Annual administration report of the Civil Veterinary Department of India - 1907-1908
Year: 1907
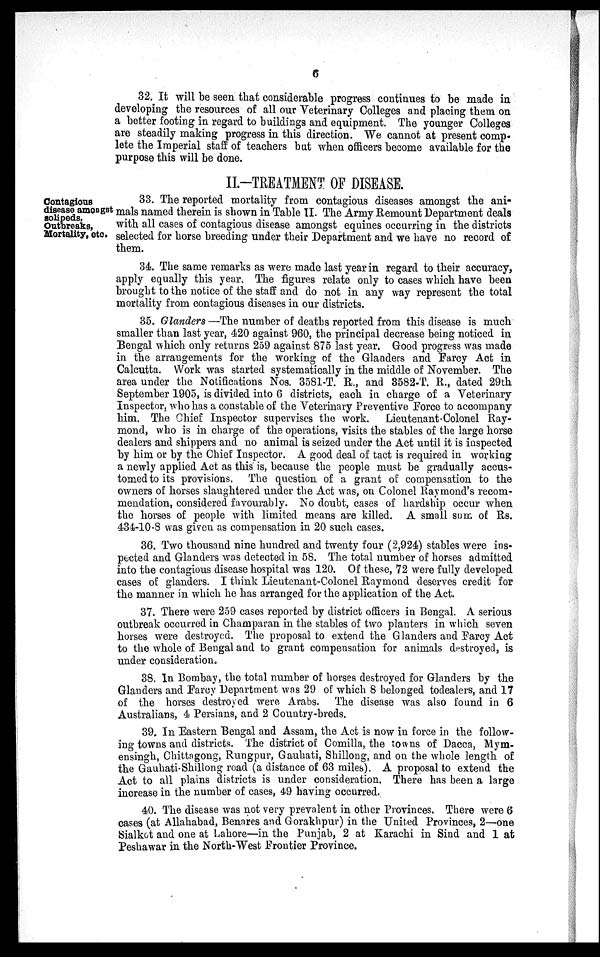
6
32. It will be seen that considerable progress continues to be made in
developing the resources of all our Veterinary Colleges and placing them on
a better footing in regard to buildings and equipment. The younger Colleges
are steadily making progress in this direction. We cannot at present comp-
lete the Imperial staff of teachers but when officers become available for the
purpose this will be done.
II.-TREATMENT OF DISEASE.
Contagious
disease amongst
solipeds,
Outbreaks,
Mortality, etc.
33. The reported mortality from contagious diseases amongst the ani-
mals named therein is shown in Table II. The Army Remount Department deals
with all cases of contagious disease amongst equines occurring in the districts
selected for horse breeding under their Department and we have no record of
them.
34. The same remarks as were made last year in regard to their accuracy,
apply equally this year. The figures relate only to cases which have been
brought to the notice of the staff and do not in any way represent the total
mortality from contagious diseases in our districts.
35. Glanders —The number of deaths reported from this disease is much
smaller than last year, 420 against 960, the principal decrease being noticed in
Bengal which only returns 259 against 875 last year. Good progress was made
in the arrangements for the working of the Glanders and Farcy Act in
Calcutta. Work was started systematically in the middle of November. The
area under the Notifications Nos. 3581-T. R., and 3582-T. R., dated 29th
September 1905, is divided into 6 districts, each in charge of a Veterinary
Inspector, who has a constable of the Veterinary Preventive Force to accompany
him. The Chief Inspector supervises the work. Lieutenant-Colonel Ray-
mond, who is in charge of the operations, visits the stables of the large horse
dealers and shippers and no animal is seized under the Act until it is inspected
by him or by the Chief Inspector. A good deal of tact is required in working
a newly applied Act as this is, because the people must be gradually accus-
tomed to its provisions. The question of a grant of compensation to the
owners of horses slaughtered under the Act was, on Colonel Raymond's recom-
mendation, considered favourably. No doubt, cases of hardship occur when
the horses of people with limited means are killed. A small sum of Rs.
434-10-8 was given as compensation in 20 such cases.
36. Two thousand nine hundred and twenty four (2,924) stables were ins-
pected and Glanders was detected in 58. The total number of horses admitted
into the contagious disease hospital was 120. Of these, 72 were fully developed
cases of glanders. I think Lieutenant-Colonel Raymond deserves credit for
the manner in which he has arranged for the application of the Act.
37. There were 259 cases reported by district officers in Bengal. A serious
outbreak occurred in Champaran in the stables of two planters in which seven
horses were destroyed. The proposal to extend the Glanders and Farcy Act
to the whole of Bengal and to grant compensation for animals destroyed, is
under consideration.
38. In Bombay, the total number of horses destroyed for Glanders by the
Glanders and Farcy Department was 29 of which 8 belonged todealers, and 17
of the horses destroyed were Arabs. The disease was also found in 6
Australians, 4 Persians, and 2 Country-breds.
39. In Eastern Bengal and Assam, the Act is now in force in the follow-
ing towns and districts. The district of Comilla, the towns of Dacca, Mym-
ensingh, Chittagong, Rungpur, Gauhati, Shillong, and on the whole length of
the Gauhati-Shillong road (a distance of 63 miles). A proposal to extend the
Act to all plains districts is under consideration. There has been a large
increase in the number of cases, 49 having occurred.
40. The disease was not very prevalent in other Provinces. There were 6
cases (at Allahabad, Benares and Gorakhpur) in the United Provinces, 2—one
Sialkot and one at Lahore—in the Punjab, 2 at Karachi in Sind and 1 at
Peshawar in the North-West Frontier Province.